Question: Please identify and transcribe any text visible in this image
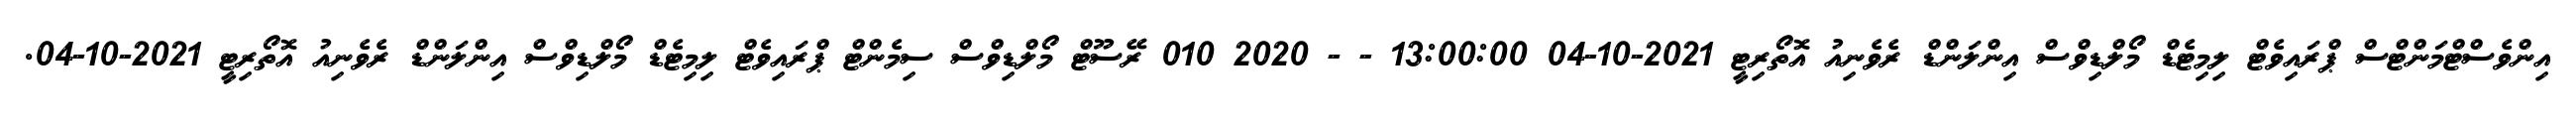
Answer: އިންވެސްޓްމަންޓްސް ޕްރައިވެޓް ލިމިޓެޑް މޯލްޑިވްސް އިންލަންޑް ރެވެނިއު އޮތޯރިޓީ 2021-10-04 13:00:00 - - 2020 010 ރޭސޫޓް މޯލްޑިވްސް ސިމެންޓް ޕްރައިވެޓް ލިމިޓެޑް މޯލްޑިވްސް އިންލަންޑް ރެވެނިއު އޮތޯރިޓީ 2021-10-04.